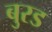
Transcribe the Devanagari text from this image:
बुरड